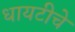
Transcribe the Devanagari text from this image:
धायटीचे